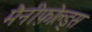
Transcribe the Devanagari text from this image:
मैनीफ़ोल्ड्स